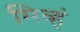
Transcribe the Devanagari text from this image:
मिव्हं